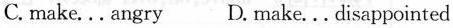
C. make... angry D. make... disappointed